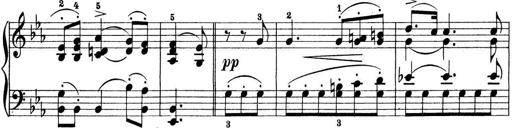
Title: Preis-Sonatine
Composer: Ernst James Bremner